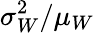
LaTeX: \sigma_{W}^{2}/\mu_{W}